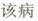
该病